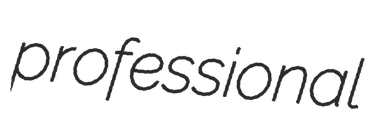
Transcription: professional